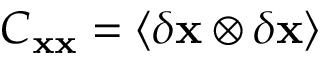
C _ { \bf x x } = \langle \delta { \bf x } \otimes \delta { \bf x } \rangle